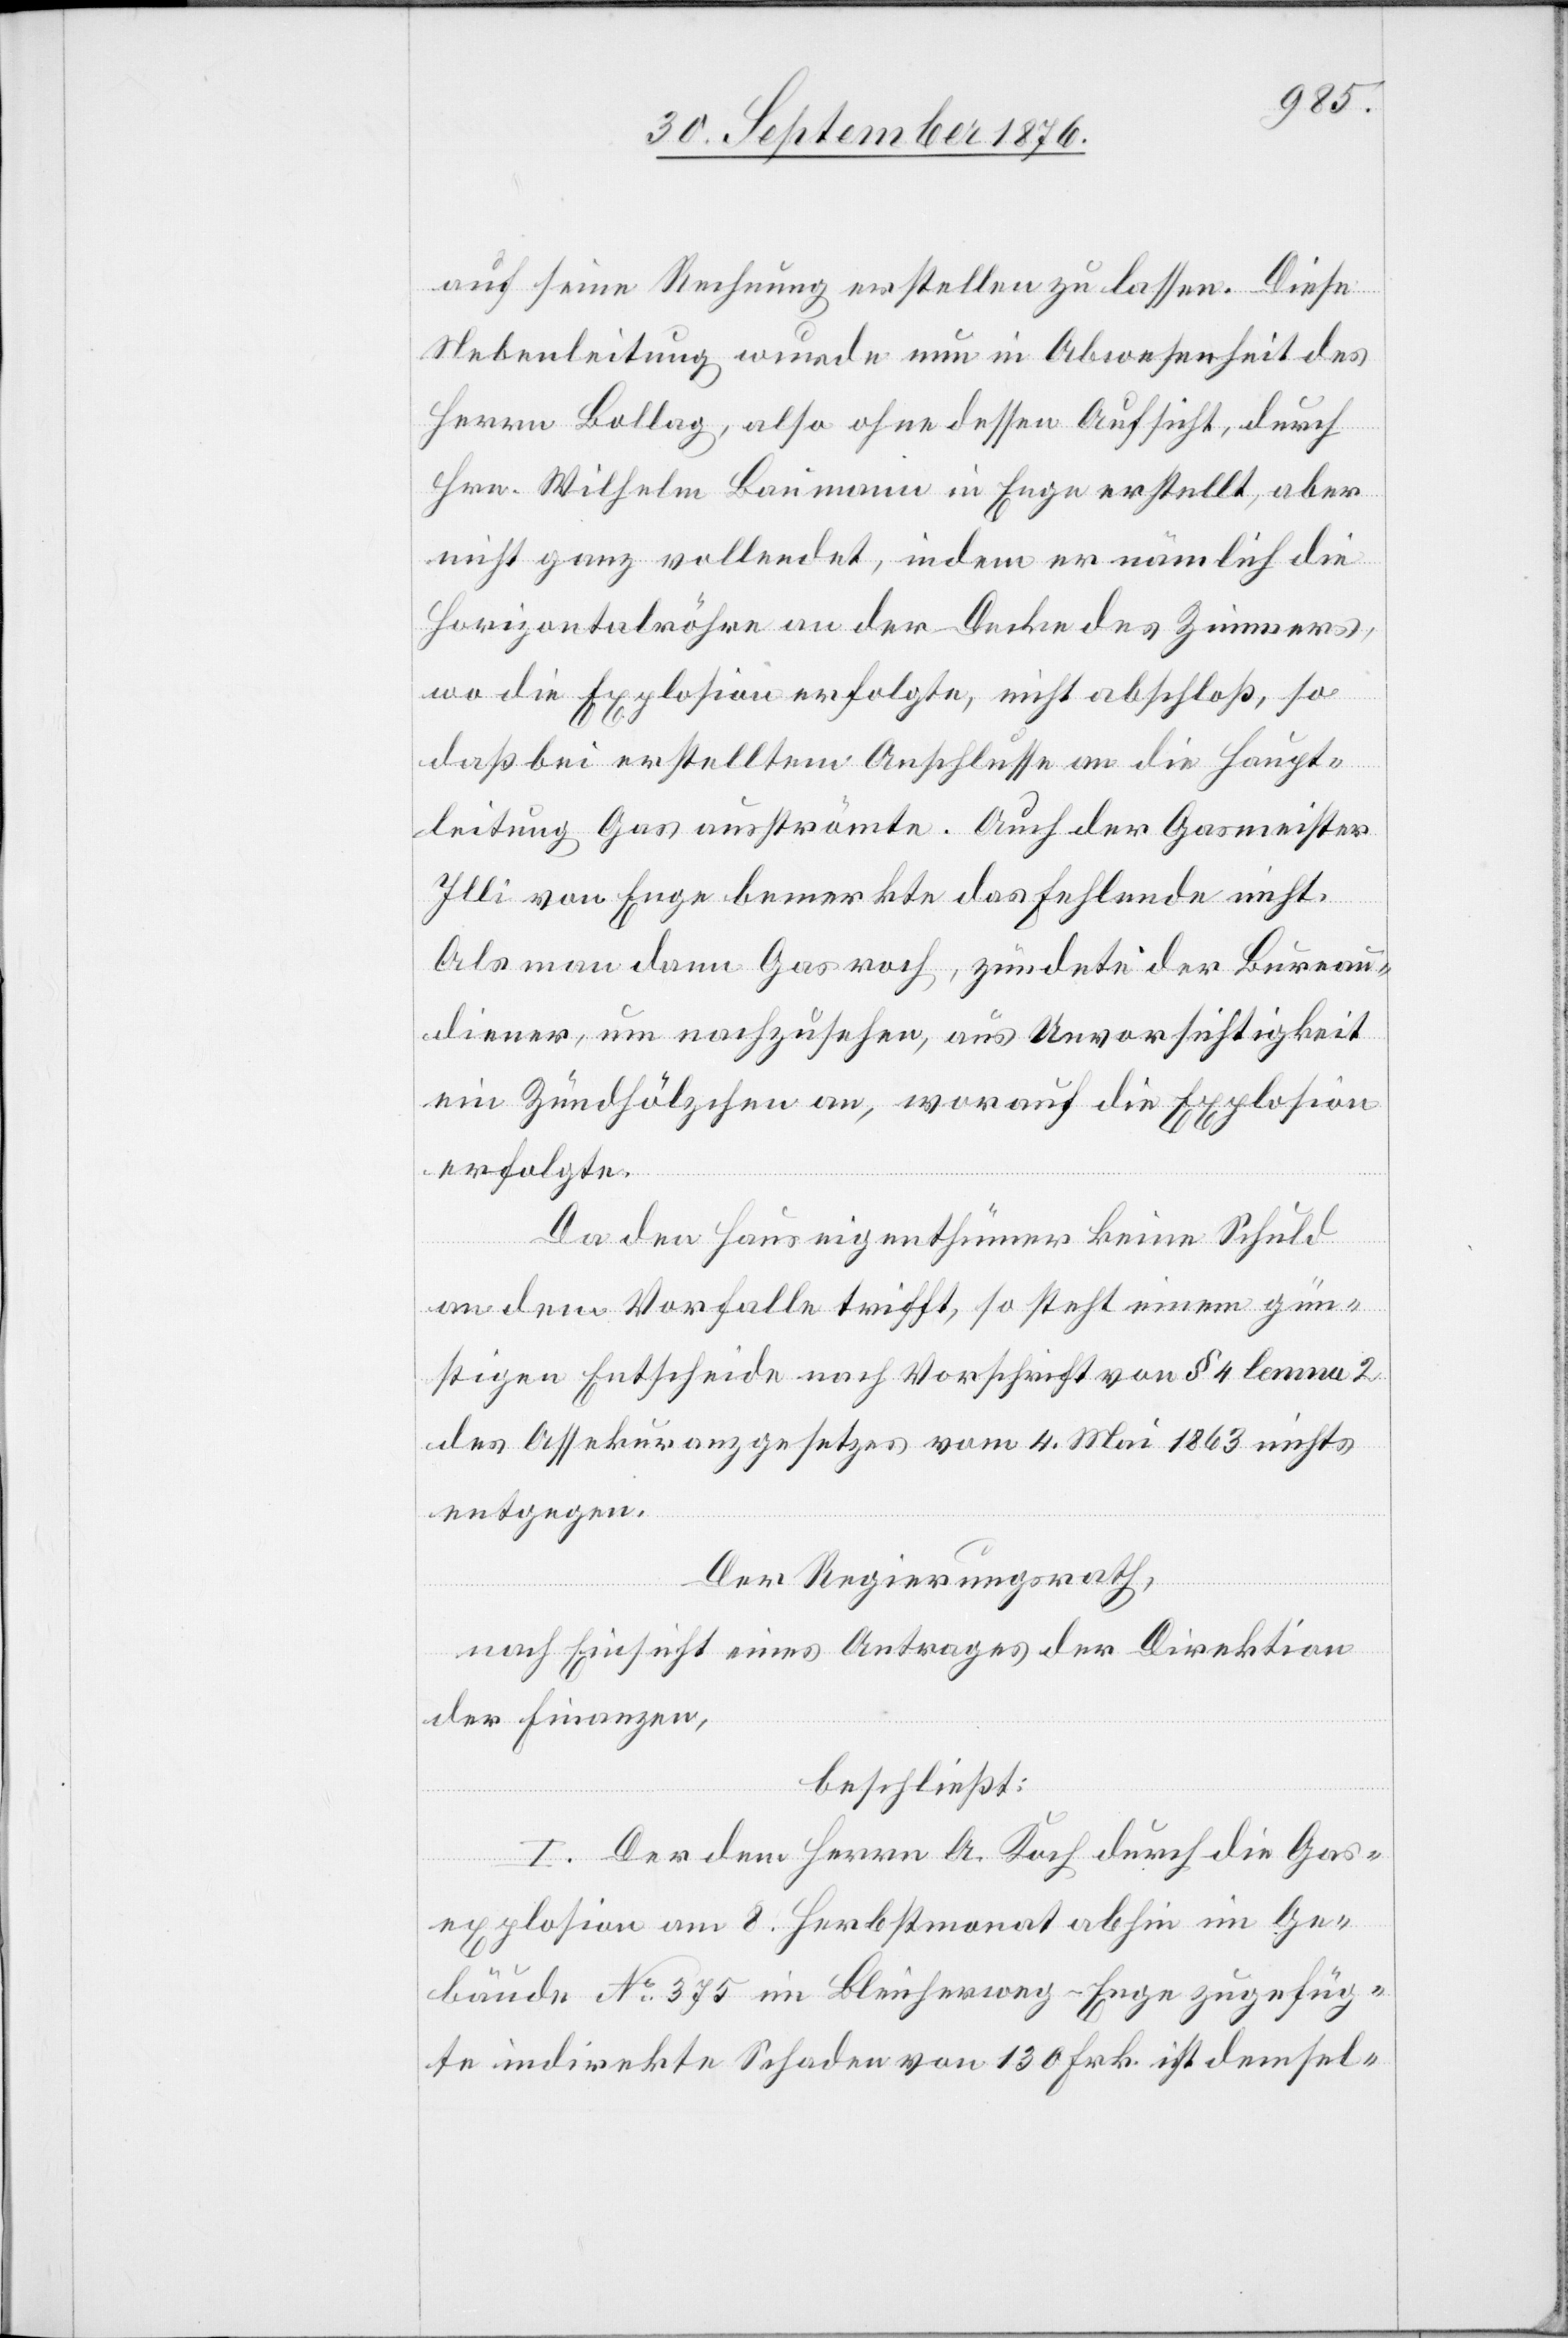
auf seine Rechnung erstellen zu lassen. Diese
Nebenleitung wurde nun in Abwesenheit des
Herrn Bollag, also ohne dessen Aufsicht, durch
Hrn. Wilhelm Baumann in Enge erstellt, aber
nicht ganz vollendet, indem er nämlich die
Horizontalröhre an der Decke des Zimmers,
wo die Explosion erfolgte, nicht abschloß, so
daß bei erstelltem Anschlusse an die Haupt¬
leitung Gas ausströmte. Auch der Gasmeister
Illi von Enge bemerkte das Fehlende nicht.
Als man dann Gas roch, zündete der Bureau¬
diener, um nachzusehen, aus Unvorsichtigkeit
ein Zündholz an, worauf die Explosion
erfolgte.
Da den Hauseigenthümer keine Schuld
an dem Vorfalle trifft, so steht einem gün¬
stigen Entscheide nach Vorschrift vom § 4 lemma 2
des Assekuranzgesetzes vom 4. Mai 1863 nichts
entgegen.
Der Regierungsrath,
nach Einsicht eines Antrages der Direktion
der Finanzen,
beschließt:
I. Der dem Herrn A. Koch durch die Gas¬
explosion am 8. Herbstmonat abhin im Ge¬
bäude No 375 im Bleicherweg - Enge zugefüg¬
te indirekte Schaden von 130 Frk. ist demsel-